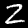
Digit: 2